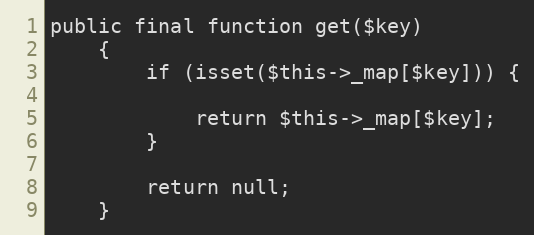
Language: PHP
public final function get($key)
    {
        if (isset($this->_map[$key])) {

            return $this->_map[$key];
        }

        return null;
    }